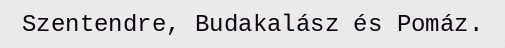
Szentendre, Budakalász és Pomáz.